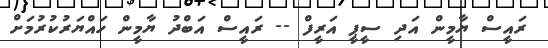
ރައީސް ޔާމީން އަދި ސީޕީ އަރީފް -- ރައީސް އަބްދު ޔާމީން ހައްޔަރުކުރުމަށް